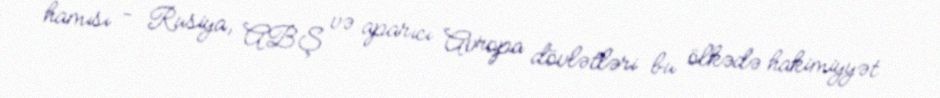
hamısı - Rusiya, ABŞ və aparıcı Avropa dövlətləri bu ölkədə hakimiyyət